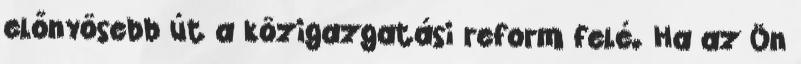
előnyösebb út a közigazgatási reform felé. Ha az Ön